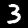
Label: 3